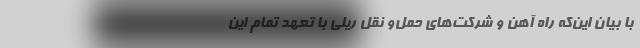
با بیان این‌که راه آهن و شرکت‌های حمل‌و نقل ریلی با تعهد تمام این